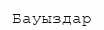
Бауыздар